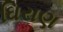
ઘિરાણ